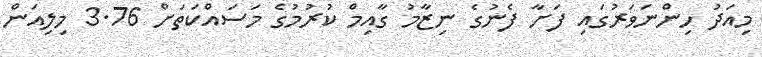
މިއަދު ހިންނަވަރުގައި ފަށާ ފެނުގެ ނިޒާމު ގާއިމް ކުރުމުގެ މަސައްކަތަށް 3.76 މިލިއަން